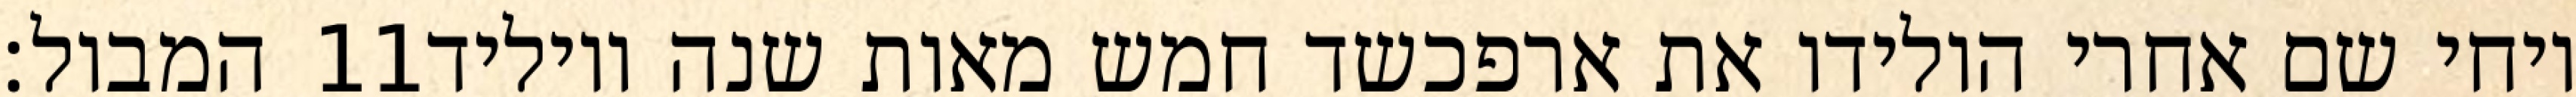
המבול׃ ‎11‏ ויחי שם אחרי הולידו את ארפכשד חמש מאות שנה ויוליד